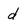
Character: d